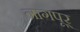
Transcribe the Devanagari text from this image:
नागपूर्